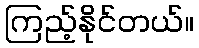
ကြည့်နိုင်တယ်။